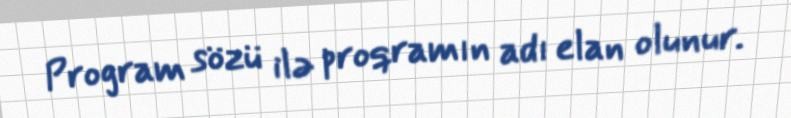
Program sözü ilə proqramın adı elan olunur.